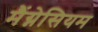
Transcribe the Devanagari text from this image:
मैंग्नेसियम